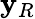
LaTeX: \mathbf{y}_{R}